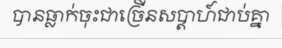
បានធ្លាក់ចុះជាច្រើនសប្តាហ៍ជាប់គ្នា